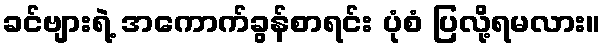
ခင်ဗျားရဲ့ အကောက်ခွန်စာရင်း ပုံစံ ပြလို့ရမလား။